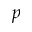
p